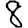
Digit: 8